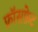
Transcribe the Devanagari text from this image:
फ़ॉसफ़ेट